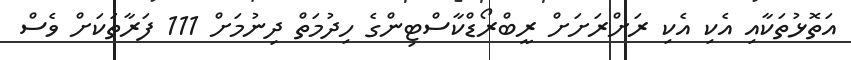
އަތޮޅުތަކާއި އެކި އެކި ރަށްރަށަށް ރީބްރޯޑްކާސްޓިންގެ ހިދުމަތް ދިނުމަށް 111 ފަރާތަކަށް ވެސް